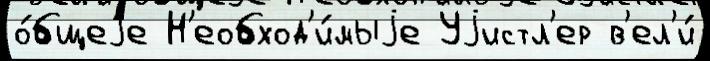
о́бщеjе Н'еобход'и́мыjе Уjистл'ер в'ел'и́